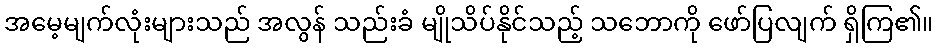
အမေ့မျက်လုံးများသည် အလွန် သည်းခံ မျိုသိပ်နိုင်သည့် သဘောကို ဖော်ပြလျက် ရှိကြ၏။